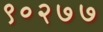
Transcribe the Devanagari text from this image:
९०२७७